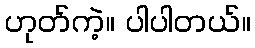
ဟုတ်ကဲ့။ ပါပါတယ်။